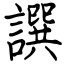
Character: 譔